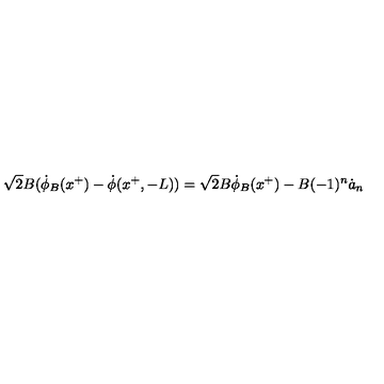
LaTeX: \sqrt { 2 } B ( \dot { \phi } _ { B } ( x ^ { + } ) - \dot { \phi } ( x ^ { + } , - L ) ) = \sqrt { 2 } B \dot { \phi } _ { B } ( x ^ { + } ) - B ( - 1 ) ^ { n } \dot { a } _ { n }